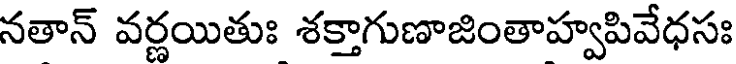
నతాన్ వర్ణయితుః శక్తాగుణాజింతాహ్వపివేధసః